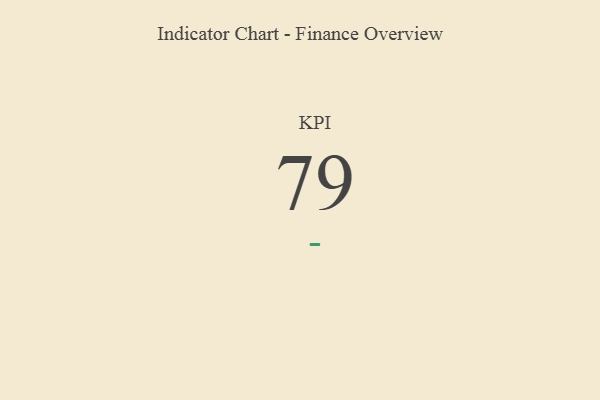
{"axis": {"x": "KPI", "y": "Value"}, "legend": [""], "data": [{"x": "KPI", "y": 79, "type": ""}]}